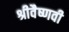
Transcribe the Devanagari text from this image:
श्रीवैष्णवी